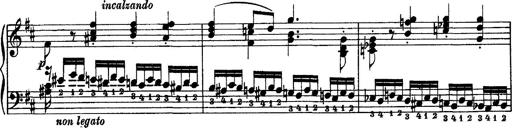
Title: Piano Sonata
Composer: Karl HÃ¤ssler
Key: C major